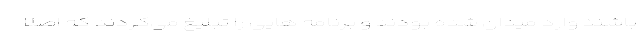
باشند وارد میدان شده بودند و برنامه هایی را تبلیغ می‌کردند که اصلا